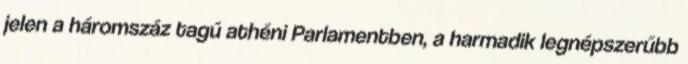
jelen a háromszáz tagú athéni Parlamentben, a harmadik legnépszerűbb